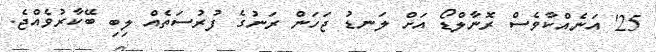
25' އަނެއްކާވެސް ރޮނާލްޑޯ އަށް ލަނޑު ޖަހަން ރަނުގެ ފުރުސަތެއް ލިބި ބޭކާރުވެއްޖެ.